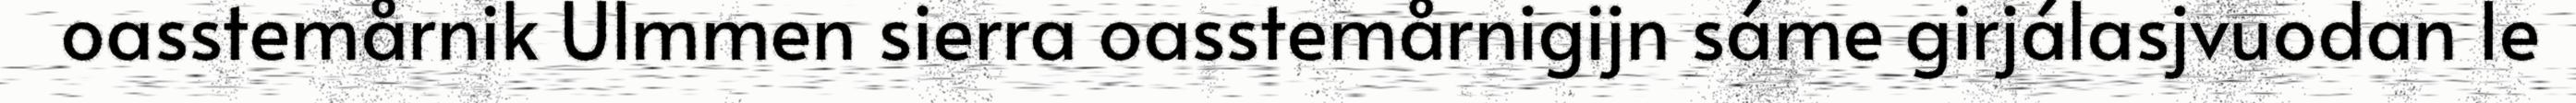
oasstemårnik Ulmmen sierra oasstemårnigijn sáme girjálasjvuodan le